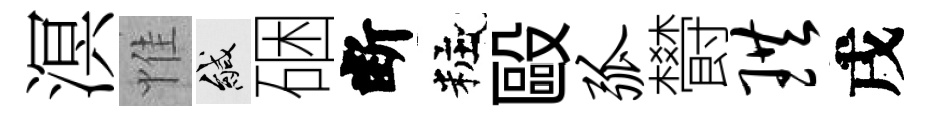
溟惟緘硱断粧毆弧欎珙戌